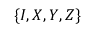
\left\{ I , X , Y , Z \right\}